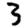
Digit: 3